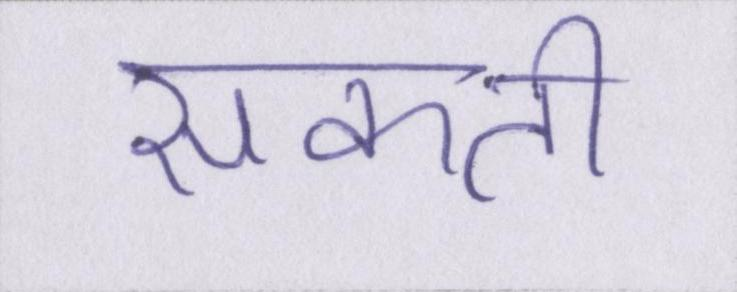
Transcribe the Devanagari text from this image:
सकती